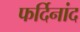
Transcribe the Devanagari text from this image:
फर्दिनांद